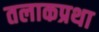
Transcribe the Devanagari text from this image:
तलाकप्रथा